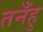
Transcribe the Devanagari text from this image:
तनँहु